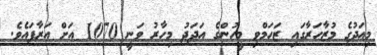
މިއަދުގެ މުޒާހަރާގައި ޒަހަމްވި މީހުންގެ އަދަދު މިހާރު ވަނީ 1070 އަށް އަރާފައެވެ.